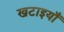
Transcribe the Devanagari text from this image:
खटाइयाँ